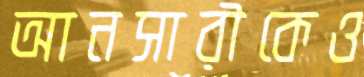
আনসারীকেও